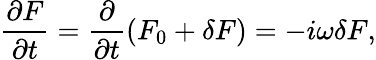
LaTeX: \frac{\partial F}{\partial t}=\frac{\partial}{\partial t}\left(F_{0}+\delta F\right)=-i\omega\delta F,